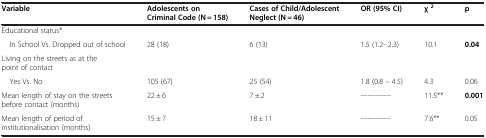
<table><thead><tr><td><b>Variable</b></td><td><b>Adolescents on Criminal Code (N = 158)</b></td><td><b>Cases of Child/Adolescent Neglect (N = 46)</b></td><td><b>OR (95% CI)</b></td><td><b>χ<sup>2</sup></b></td><td><b>p</b></td></tr></thead><tbody><tr><td colspan="6">Educational status*</td></tr><tr><td> In School Vs. Dropped out of school</td><td>28 (18)</td><td>6 (13)</td><td>1.5 (1.2- 2.3)</td><td>10.1</td><td><b>0.04</b></td></tr><tr><td colspan="6">Living on the streets as at the point of contact</td></tr><tr><td> Yes Vs. No</td><td>105 (67)</td><td>25 (54)</td><td>1.8 (0.8 – 4.5)</td><td>4.3</td><td>0.06</td></tr><tr><td>Mean length of stay on the streets before contact (months)</td><td>22 ± 6</td><td>7 ± 2</td><td>------------</td><td>11.5**</td><td><b>0.001</b></td></tr><tr><td>Mean length of period of institutionalisation (months)</td><td>15 ± 7</td><td>18 ± 11</td><td>------------</td><td>7.6**</td><td>0.05</td></tr></tbody></table>